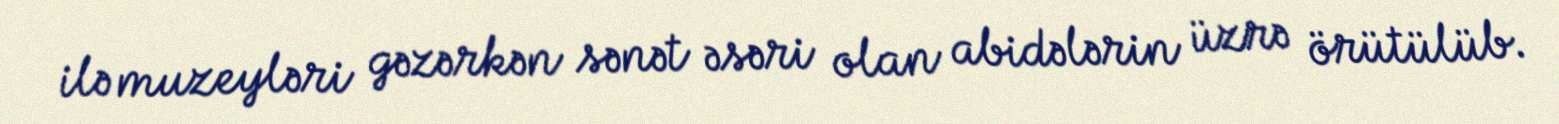
ilə muzeyləri gəzərkən sənət əsəri olan abidələrin üzrə örütülüb.